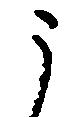
う